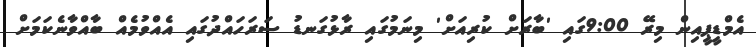
އެމްޑީޕީއިން މިރޭ 9:00ގައި 'ބާރަށް ކުރިއަށް' މިނަމުގައި ރާޅުގަނޑު ސަރަހައްދުގައި އެއްވުމެއް ބާއްވާނެކަމަށް